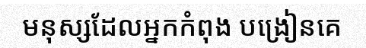
មនុស្សដែលអ្នកកំពុង បង្រៀនគេ